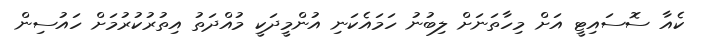
ކެއާ ސޮސައިޓީ އަށް މިހާތަނަށް ލިބުނު ހަމައެކަނި އުންމީދަކީ މުއްދަތު އިތުރުކުރުމަށް ހައުސިން